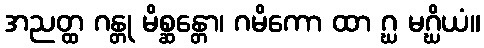
အညတ္ထ ဂန္တု မိစ္ဆန္တော၊ ဂမိကော ထာ ဂ္ဃ မဂ္ဃိယံ။